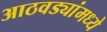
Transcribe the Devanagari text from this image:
आठवड्यांमध्ये